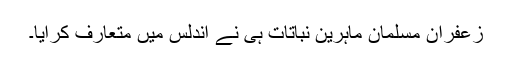
زعفران مسلمان ماہرینِ نباتات ہی نے اندلس میں متعارف کرایا۔